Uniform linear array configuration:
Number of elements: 4
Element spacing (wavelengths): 0.5
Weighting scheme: hann
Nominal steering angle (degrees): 0
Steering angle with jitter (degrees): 1.267
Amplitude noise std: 0.05
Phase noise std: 0.05

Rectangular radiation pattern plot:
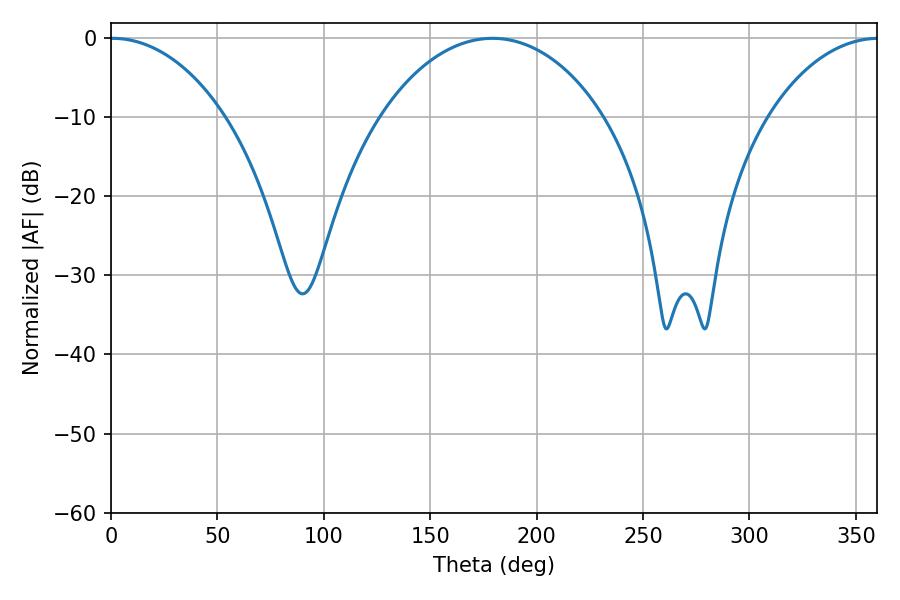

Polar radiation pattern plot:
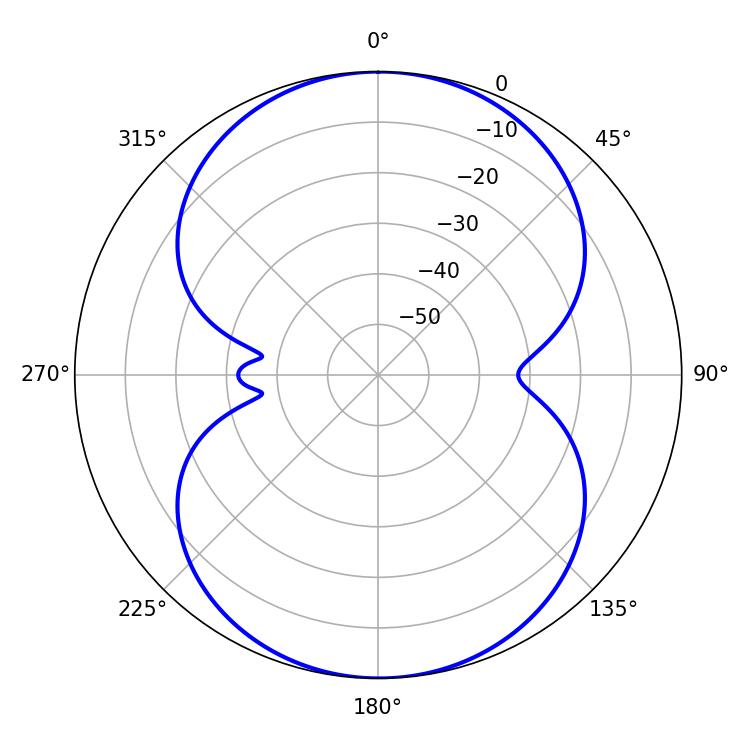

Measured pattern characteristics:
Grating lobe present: FALSE
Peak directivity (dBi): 17.619
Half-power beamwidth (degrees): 30.78
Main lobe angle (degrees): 0.72